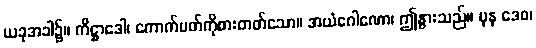
ယခုအခါ၌။ ကိဋ္ဌာဒေါ၊ ကောက်ပတ်ကိုစားတတ်သော။ အယံဂေါဏော၊ ဤနွားသည်။ ပုန ဒေဝ၊